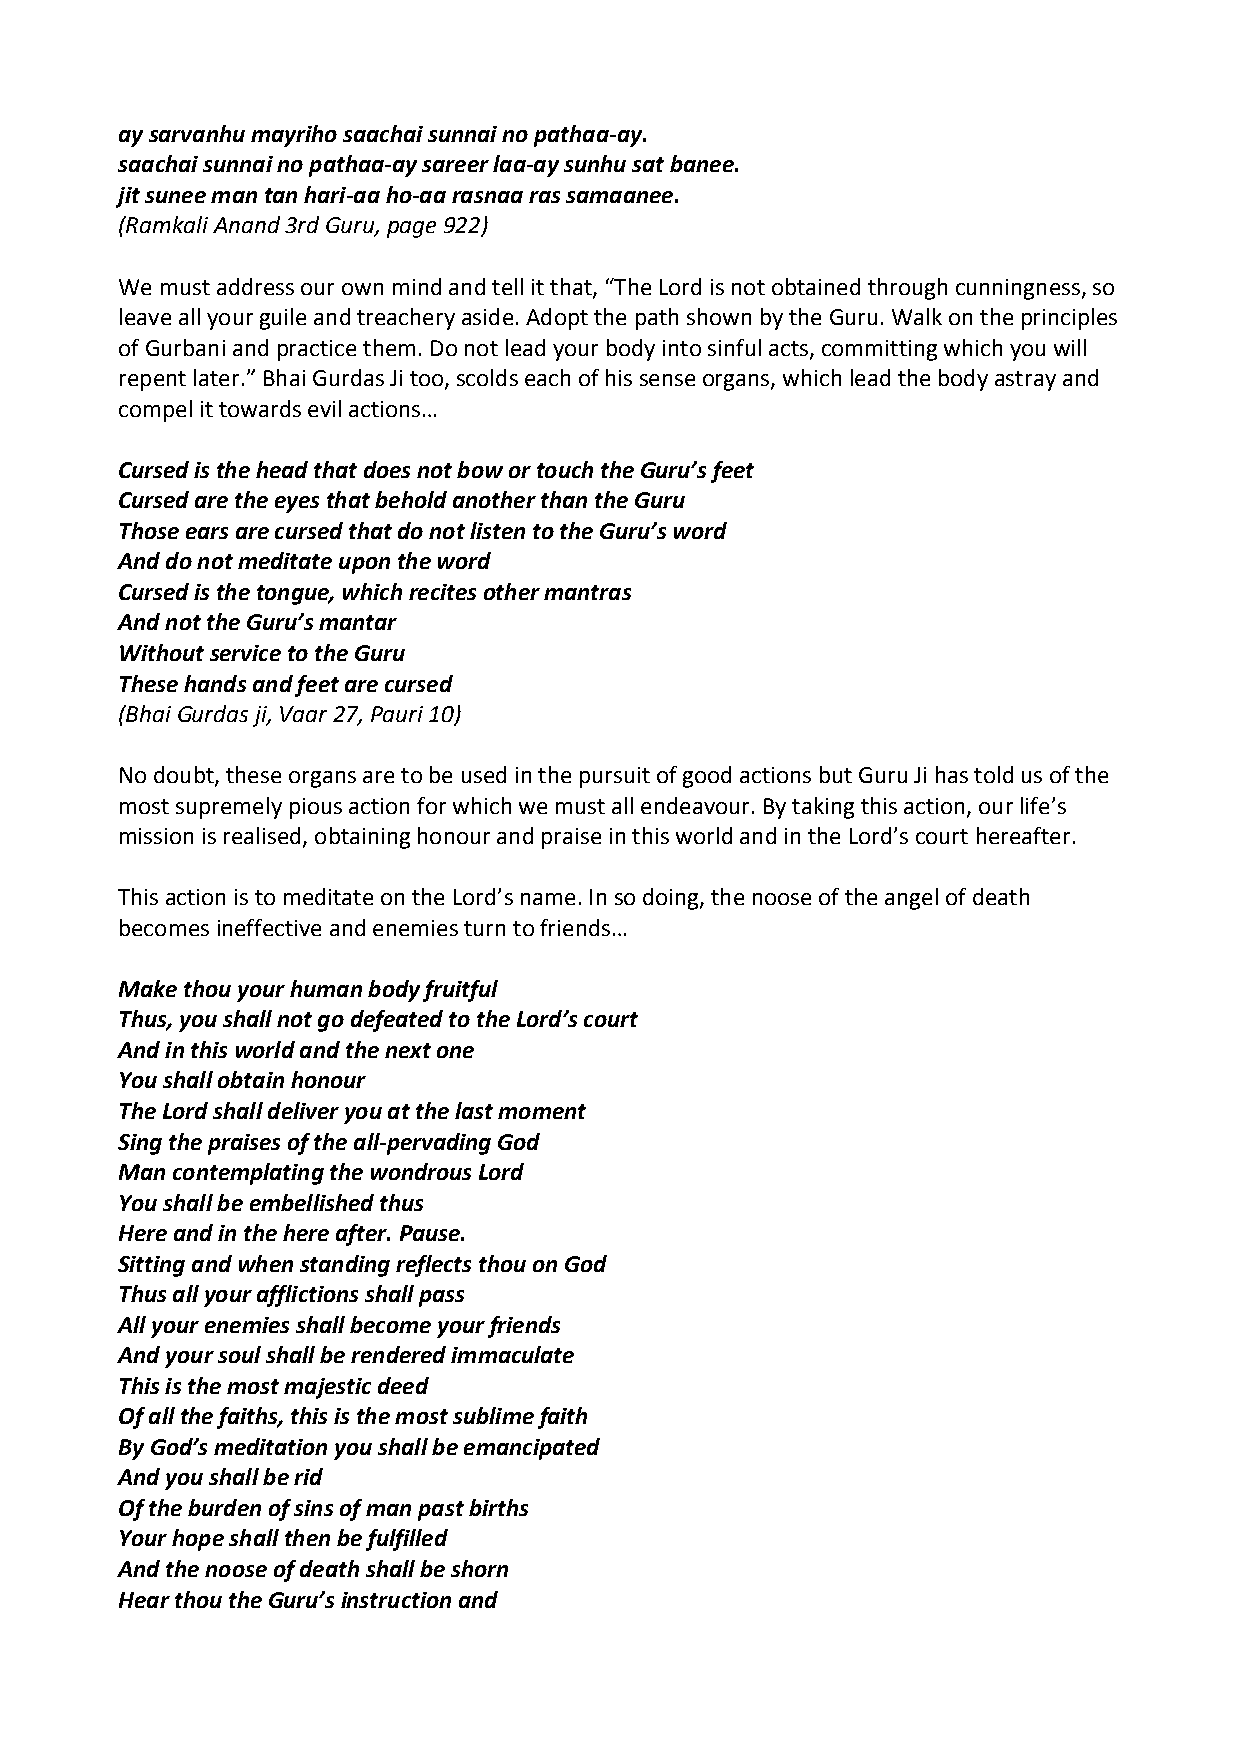
ay sarvanhu mayriho saachai sunnai no pathaa‐ay.
 saachai sunnai no pathaa‐ay sareer laa‐ay sunhu sat banee.
 jit sunee man tan hari‐aa ho‐aa rasnaa ras samaanee.
 (Ramkali Anand 3rd Guru, page 922)
 We must address our own mind and tell it that, “The Lord is not obtained through cunningness, so
 leave all your guile and treachery aside. Adopt the path shown by the Guru. Walk on the principles
 of Gurbani and practice them. Do not lead your body into sinful acts, committing which you will
 repent later.” Bhai Gurdas Ji too, scolds each of his sense organs, which lead the body astray and
 compel it towards evil actions…
 Cursed is the head that does not bow or touch the Guru’s feet
 Cursed are the eyes that behold another than the Guru
 Those ears are cursed that do not listen to the Guru’s word
 And do not meditate upon the word
 Cursed is the tongue, which recites other mantras
 And not the Guru’s mantar
 Without service to the Guru
 These hands and feet are cursed
 (Bhai Gurdas ji, Vaar 27, Pauri 10)
 No doubt, these organs are to be used in the pursuit of good actions but Guru Ji has told us of the
 most supremely pious action for which we must all endeavour. By taking this action, our life’s
 mission is realised, obtaining honour and praise in this world and in the Lord’s court hereafter.
 This action is to meditate on the Lord’s name. In so doing, the noose of the angel of death
 becomes ineffective and enemies turn to friends…
 Make thou your human body fruitful
 Thus, you shall not go defeated to the Lord’s court
 And in this world and the next one
 You shall obtain honour
 The Lord shall deliver you at the last moment
 Sing the praises of the all‐pervading God
 Man contemplating the wondrous Lord
 You shall be embellished thus
 Here and in the here after. Pause.
 Sitting and when standing reflects thou on God
 Thus all your afflictions shall pass
 All your enemies shall become your friends
 And your soul shall be rendered immaculate
 This is the most majestic deed
 Of all the faiths, this is the most sublime faith
 By God’s meditation you shall be emancipated
 And you shall be rid
 Of the burden of sins of man past births
 Your hope shall then be fulfilled
 And the noose of death shall be shorn
 Hear thou the Guru’s instruction and